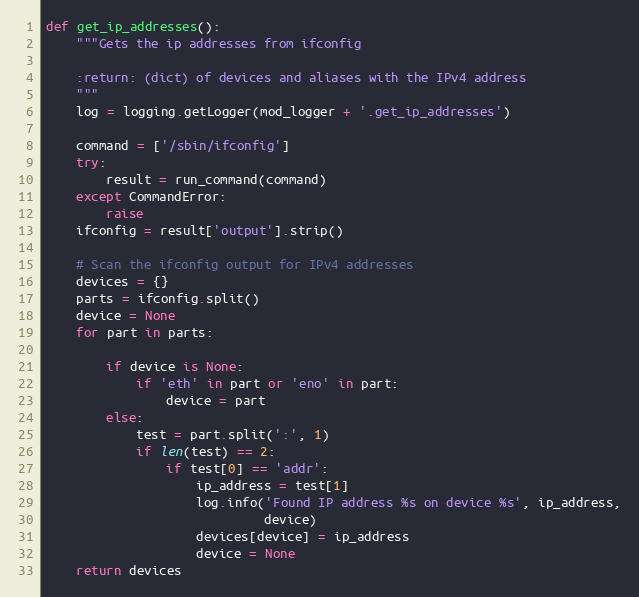
Language: Python
def get_ip_addresses():
    """Gets the ip addresses from ifconfig

    :return: (dict) of devices and aliases with the IPv4 address
    """
    log = logging.getLogger(mod_logger + '.get_ip_addresses')

    command = ['/sbin/ifconfig']
    try:
        result = run_command(command)
    except CommandError:
        raise
    ifconfig = result['output'].strip()

    # Scan the ifconfig output for IPv4 addresses
    devices = {}
    parts = ifconfig.split()
    device = None
    for part in parts:

        if device is None:
            if 'eth' in part or 'eno' in part:
                device = part
        else:
            test = part.split(':', 1)
            if len(test) == 2:
                if test[0] == 'addr':
                    ip_address = test[1]
                    log.info('Found IP address %s on device %s', ip_address,
                             device)
                    devices[device] = ip_address
                    device = None
    return devices